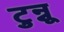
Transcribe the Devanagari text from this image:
टुन्नू